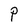
Character: P